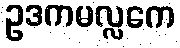
ဥဒကမလ္လကေ